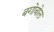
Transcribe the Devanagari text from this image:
बगोबोल